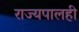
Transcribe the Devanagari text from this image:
राज्यपालही